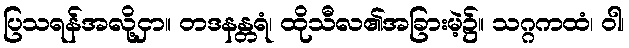
ပြသရန်အလို့ငှာ။ တဒနန္တရံ၊ ထိုသီလ၏အခြားမဲ့၌။ သဂ္ဂကထံ၊ ဝါ၊